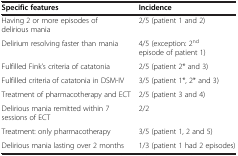
<table><thead><tr><td><b>Specific features</b></td><td><b>Incidence</b></td></tr></thead><tbody><tr><td>Having 2 or more episodes of delirious mania</td><td>2/5 (patient 1 and 2)</td></tr><tr><td>Delirium resolving faster than mania</td><td>4/5 (exception: 2<sup>nd</sup> episode of patient 1)</td></tr><tr><td>Fulfilled Fink’s criteria of catatonia</td><td>2/5 (patient 2* and 3)</td></tr><tr><td>Fulfilled criteria of catatonia in DSM-IV</td><td>3/5 (patient 1*, 2* and 3)</td></tr><tr><td>Treatment of pharmacotherapy and ECT</td><td>2/5 (patient 3 and 4)</td></tr><tr><td>Delirious mania remitted within 7 sessions of ECT</td><td>2/2</td></tr><tr><td>Treatment: only pharmacotherapy</td><td>3/5 (patient 1, 2 and 5)</td></tr><tr><td>Delirious mania lasting over 2 months</td><td>1/3 (patient 1 had 2 episodes)</td></tr></tbody></table>